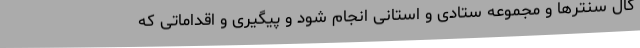
کال سنترها و مجموعه ستادی و استانی انجام شود و پیگیری و اقداماتی که